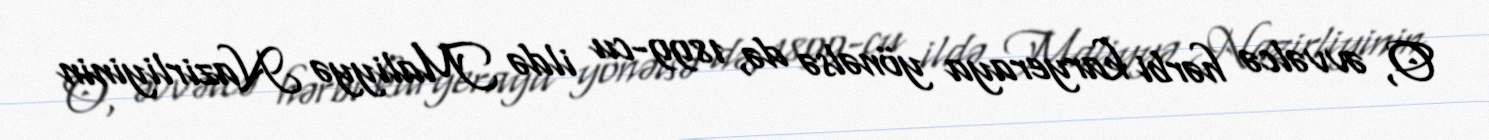
O, əvvəlcə hərbi karyeraya yönəlsə də, 1899-cu ildə Maliyyə Nazirliyinin